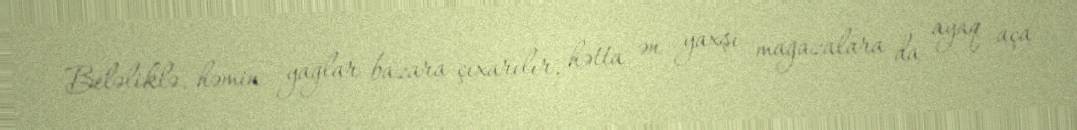
Beləliklə, həmin yağlar bazara çıxarılır, hətta ən yaxşı mağazalara da ayaq aça